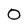
Character: 0